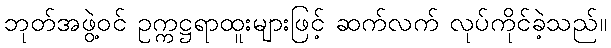
ဘုတ်အဖွဲ့ဝင် ဥက္ကဋ္ဌရာထူးများဖြင့် ဆက်လက် လုပ်ကိုင်ခဲ့သည်။